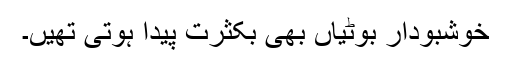
خوشبودار بوٹیاں بھی بکثرت پیدا ہوتی تھیں۔